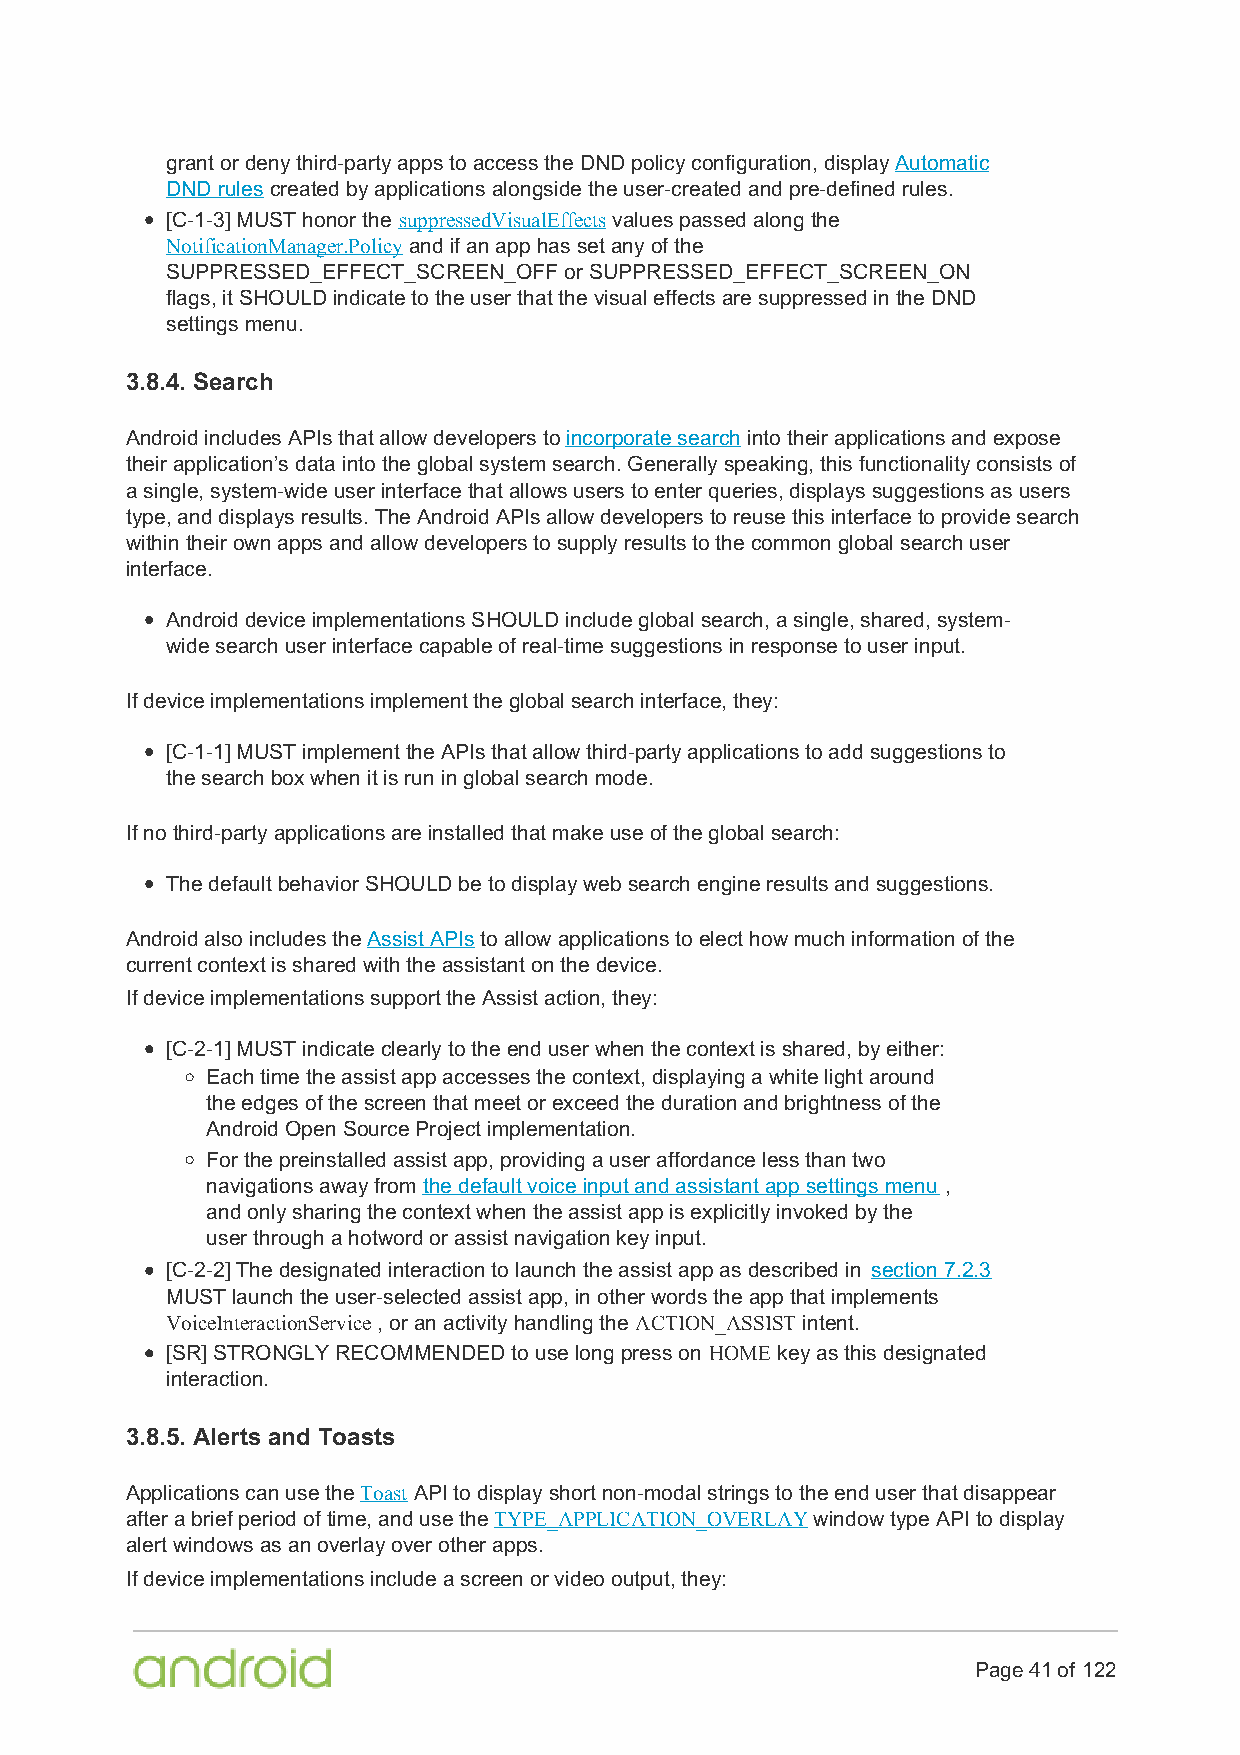
grant or deny third-party apps to access the DND policy configuration, display Automatic
 DND rules created by applications alongside the user-created and pre-defined rules.
 [C-1-3] MUST honor the suppressedVisualEffects values passed along the
 NotificationManager.Policy and if an app has set any of the
 SUPPRESSED_EFFECT_SCREEN_OFF or SUPPRESSED_EFFECT_SCREEN_ON
 flags, it SHOULD indicate to the user that the visual effects are suppressed in the DND
 settings menu.
 3.8.4. Search
 Android includes APIs that allow developers to incorporate search into their applications and expose
 their application’s data into the global system search. Generally speaking, this functionality consists of
 a single, system-wide user interface that allows users to enter queries, displays suggestions as users
 type, and displays results. The Android APIs allow developers to reuse this interface to provide search
 within their own apps and allow developers to supply results to the common global search user
 interface.
 Android device implementations SHOULD include global search, a single, shared, system-
 wide search user interface capable of real-time suggestions in response to user input.
 If device implementations implement the global search interface, they:
 [C-1-1] MUST implement the APIs that allow third-party applications to add suggestions to
 the search box when it is run in global search mode.
 If no third-party applications are installed that make use of the global search:
 The default behavior SHOULD be to display web search engine results and suggestions.
 Android also includes the Assist APIs to allow applications to elect how much information of the
 current context is shared with the assistant on the device.
 If device implementations support the Assist action, they:
 [C-2-1] MUST indicate clearly to the end user when the context is shared, by either:
 Each time the assist app accesses the context, displaying a white light around
 the edges of the screen that meet or exceed the duration and brightness of the
 Android Open Source Project implementation.
 For the preinstalled assist app, providing a user affordance less than two
 navigations away from the default voice input and assistant app settings menu ,
 and only sharing the context when the assist app is explicitly invoked by the
 user through a hotword or assist navigation key input.
 [C-2-2] The designated interaction to launch the assist app as described in section 7.2.3
 MUST launch the user-selected assist app, in other words the app that implements
 VoiceInteractionService , or an activity handling the ACTION_ASSIST intent.
 [SR] STRONGLY RECOMMENDED to use long press on HOME key as this designated
 interaction.
 3.8.5. Alerts and Toasts
 Applications can use the Toast API to display short non-modal strings to the end user that disappear
 after a brief period of time, and use the TYPE_APPLICATION_OVERLAY window type API to display
 alert windows as an overlay over other apps.
 If device implementations include a screen or video output, they:
 Page 41 of 122